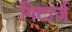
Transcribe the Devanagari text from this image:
गिटार्ज़